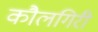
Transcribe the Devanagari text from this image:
कौलगिरी